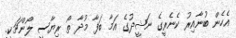
އެހެން ބުނާއިރު ކެނެރީގެ ނަޝީދުގެ އަމާ ބަފާ މުދާ ތޯ ރިޔާސީ ލޯންޗަކީ.